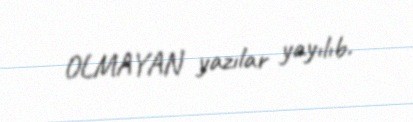
OLMAYAN yazılar yayılıb.